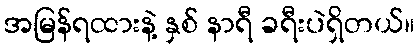
အမြန်ရထားနဲ့ နှစ် နာရီ ခရီးပဲရှိတယ်။